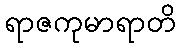
ရာဇကုမာရာတိ